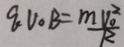
q V _ { 0 } B = \frac { m V _ { 0 } ^ { 2 } } { R }